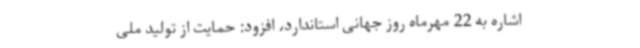
اشاره به 22 مهرماه روز جهانی استاندارد، افزود: حمایت از تولید ملی